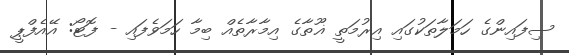
ސިފައިންގެ ހަމަލާތަކުގައި އިރުމަތީ ޣޫތާގެ އިމާރާތެއް ބިމާ ހަމަވެފައި - ފޮޓޯ: އޭއެފްޕީ